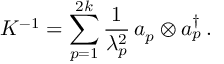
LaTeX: K ^ { - 1 } = \sum _ { p = 1 } ^ { 2 k } { \frac { 1 } { \lambda _ { p } ^ { 2 } } } \, a _ { p } \otimes a _ { p } ^ { \dagger } \, .